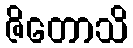
ဇိတောသိ